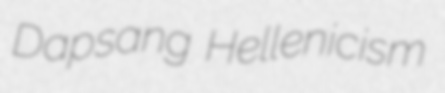
Dapsang Hellenicism